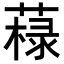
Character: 𦼋